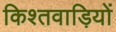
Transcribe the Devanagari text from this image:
किश्तवाड़ियों